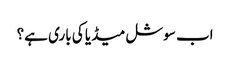
اب سوشل میڈیا کی باری ہے؟